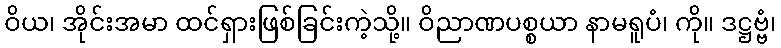
ဝိယ၊ အိုင်းအမာ ထင်ရှားဖြစ်ခြင်းကဲ့သို့။ ဝိညာဏပစ္စယာ နာမရူပံ၊ ကို။ ဒဋ္ဌဗ္ဗံ၊